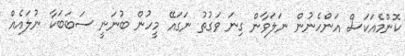
ކޮންމެއަކަސް އަންހެނުން ނަލަވާން ގިނަ ވަގުތު ނަގައޭ މީހުން ބުނަނީ ސަބަބަކާ ނުލައެއް